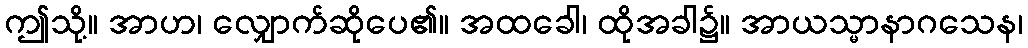
ဤသို့။ အာဟ၊ လျှောက်ဆိုပေ၏။ အထခေါ၊ ထိုအခါ၌။ အာယသ္မာနာဂသေန၊